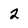
Character: 2